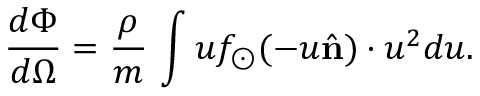
\frac { d \Phi } { d \Omega } = \frac { \rho } { m } \, \int u f _ { \odot } ( - u \hat { \bf n } ) \cdot u ^ { 2 } d u .